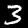
Digit: 3